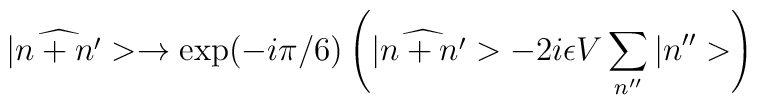
|\widehat{n+n'}>\rightarrow\mbox{exp}(-i\pi/6)\left(|\widehat{n+n'}>-2i\epsilon V\sum_{n''}|n''>\right)